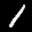
Digit: 1